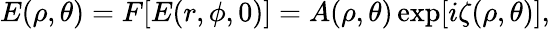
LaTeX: E(\rho,\theta)=F[E(r,\phi,0)]=A(\rho,\theta)\exp[i\zeta(\rho,\theta)],